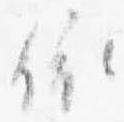
依